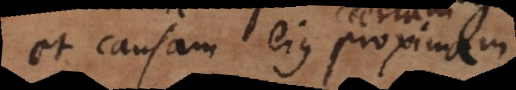
et causam ejus proximam